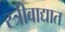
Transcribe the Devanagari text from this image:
स्त्रीवाद्यात